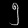
Digit: ၅